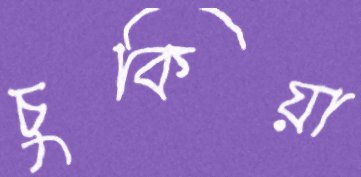
চুকিয়া